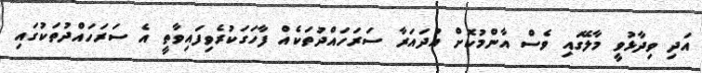
އަދި ވިދާޅުވީ މާލޭގައި ވެސް އާންމުކޮށް އުދައަރާ ސަރަހައްދުތަކެއް ފާހަގަކުރެވިފައިވާތީ އެ ސަރަހައްދުތަކުގައި